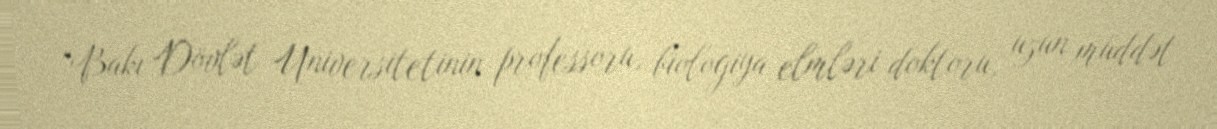
“Bakı Dövlət Universitetinin professoru, biologiya elmləri doktoru, uzun müddət